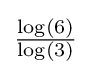
\textstyle {\frac {\log(6)}{\log(3)}}